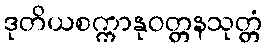
ဒုတိယစက္ကာနုဝတ္တနသုတ္တံ